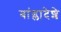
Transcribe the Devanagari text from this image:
बांग्लादेशे